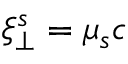
\xi _ { \perp } ^ { s } = \mu _ { s } c